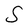
Character: S